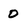
Character: 0